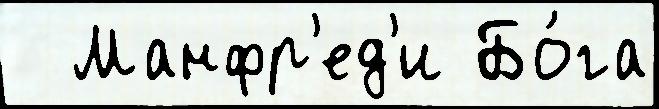
  Манфр'ед'и Бо́га